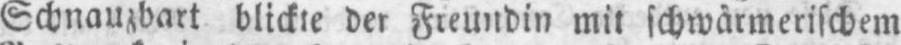
Schnauzbart blickte der Freundin mit schwärmerischem